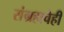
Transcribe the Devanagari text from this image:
संग्रहाचेही